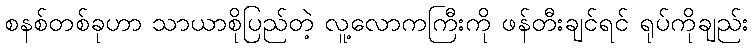
စနစ်တစ်ခုဟာ သာယာစိုပြည်တဲ့ လူ့လောကကြီးကို ဖန်တီးချင်ရင် ရုပ်ကိုချည်း